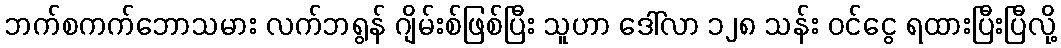
ဘက်စကက်ဘောသမား လက်ဘရွန် ဂျိမ်းစ်ဖြစ်ပြီး သူဟာ ဒေါ်လာ ၁၂၈ သန်း ဝင်ငွေ ရထားပြီးပြီလို့